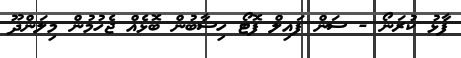
ފާޅު ކުރަނޯ - ސަން ފައިލް ފޮޓޯ ހިސާބުން ބޮޅެއް ޖެހުމުން މިލަންދޫ